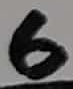
Text: 6